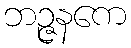
ဘဉ္ဇနကေ